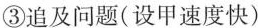
③追及问题(设甲速度快)